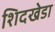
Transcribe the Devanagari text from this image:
शिदखेडा